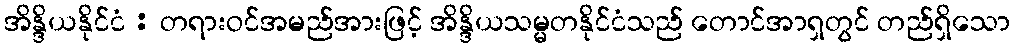
အိန္ဒိယနိုင်ငံ : တရားဝင်အမည်အားဖြင့် အိန္ဒိယသမ္မတနိုင်ငံသည် တောင်အာရှတွင် တည်ရှိသော